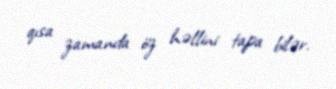
qısa zamanda öz həllini tapa bilər.